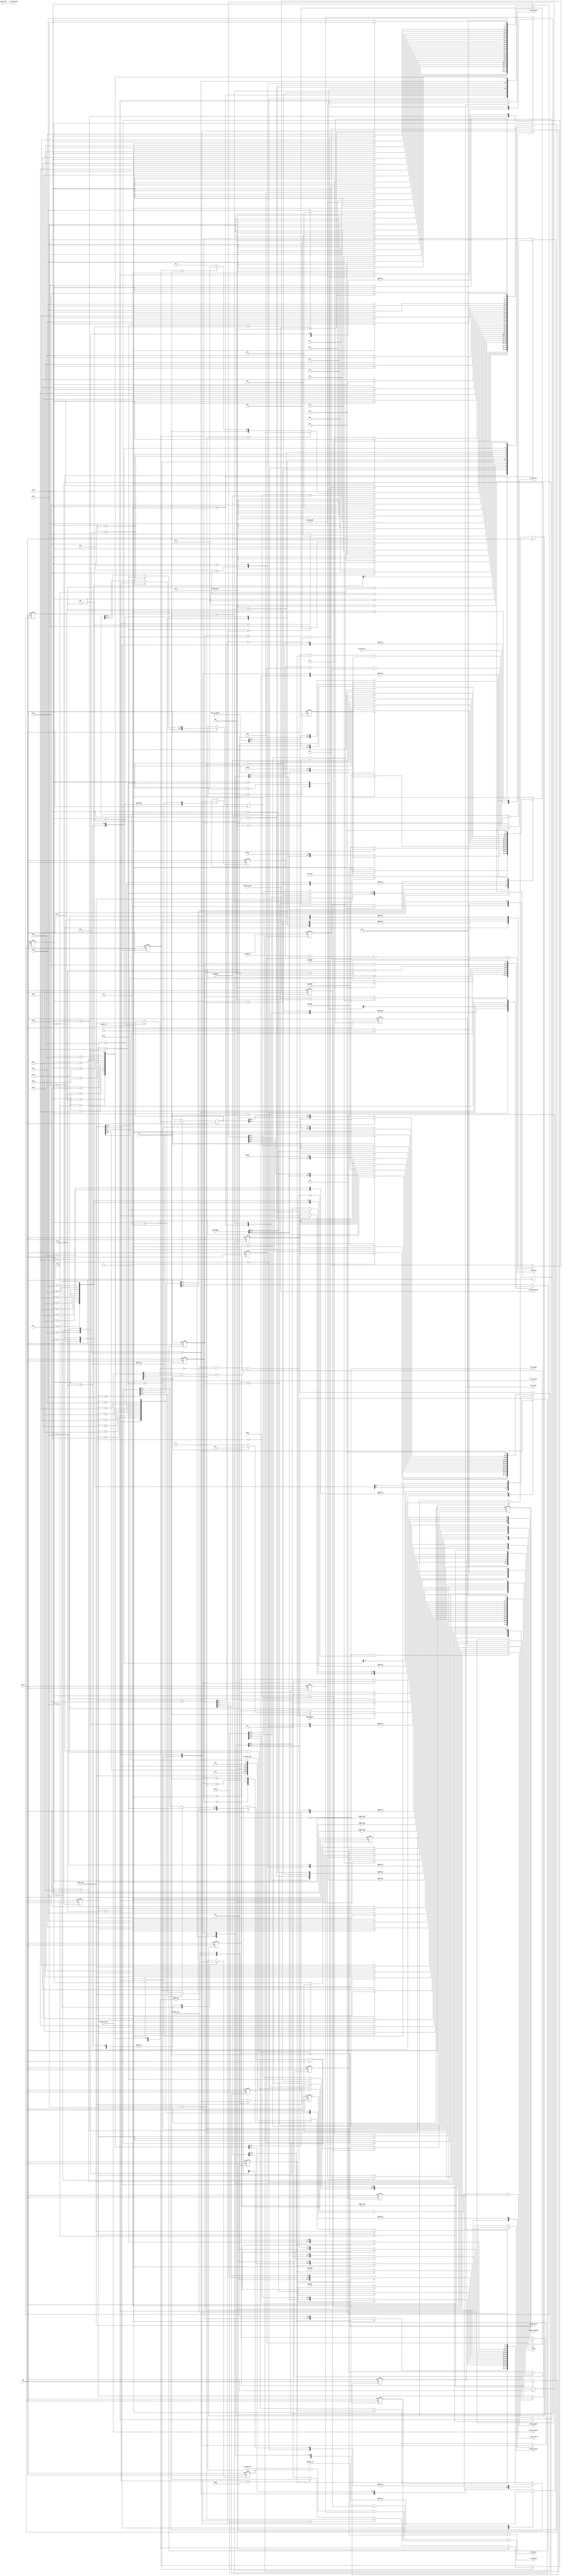
/*
* PROJECT: AQUAXIS Giga Ethernet MAC
* ----------------------------------------------------------------------
*
* Gigabit MAC
* Copyright (C) 2007-2013 H.Ishihara, http://www.aquaxis.com/
*
* Permission is hereby granted, free of charge, to any person obtaining
* a copy of this software and associated documentation files (the
* "Software"), to deal in the Software without restriction, including
* without limitation the rights to use, copy, modify, merge, publish,
* distribute, sublicense, and/or sell copies of the Software, and to
* permit persons to whom the Software is furnished to do so, subject to
* the following conditions:
*
* The above copyright notice and this permission notice shall be
* included in all copies or substantial portions of the Software.
*
* THE SOFTWARE IS PROVIDED "AS IS", WITHOUT WARRANTY OF ANY KIND,
* EXPRESS OR IMPLIED, INCLUDING BUT NOT LIMITED TO THE WARRANTIES OF
* MERCHANTABILITY, FITNESS FOR A PARTICULAR PURPOSE AND
* NONINFRINGEMENT. IN NO EVENT SHALL THE AUTHORS OR COPYRIGHT HOLDERS BE
* LIABLE FOR ANY CLAIM, DAMAGES OR OTHER LIABILITY, WHETHER IN AN ACTION
* OF CONTRACT, TORT OR OTHERWISE, ARISING FROM, OUT OF OR IN CONNECTION
* WITH THE SOFTWARE OR THE USE OR OTHER DEALINGS IN THE SOFTWARE.
*
* For further information please contact.
*   http://www.aquaxis.com/
*   info(at)aquaxis.com or hidemi(at)sweetcafe.jp
*
* 2007/01/06 H.Ishihara	Create
* 2011/04/24 H.Ishihara	rename
*/
module aq_gemac_l3_ctrl(
	input			RST_N,
	input			CLK,

	// RX Buffer Interface
	output			RX_BUFF_RE,			// RX Buffer Read Enable
	input [31:0]	RX_BUFF_DATA,		// RX Buffer Data
	input			RX_BUFF_EMPTY,		// RX Buffer Empty(1: Empty, 0: No Empty)
	input			RX_BUFF_VALID,		// RX Buffer Valid
	input [15:0]	RX_BUFF_LENGTH,		// RX Buffer Length
	input [15:0]	RX_BUFF_STATUS,		// RX Buffer Status

	// TX Buffer Interface
	output			TX_BUFF_WE,			// TX Buffer Write Enable
	output			TX_BUFF_START,		// TX Buffer Data Start
	output			TX_BUFF_END,		// TX Buffer Data End
	input			TX_BUFF_READY,		// TX Buffer Ready
	output [31:0]	TX_BUFF_DATA,		// TX Buffer Data
	input			TX_BUFF_FULL,		// TX Buffer Full
	input [9:0]		TX_BUFF_SPACE,		// TX Buffer Space

	// External RX Buffer Interface
	input			ERX_BUFF_RE,		// RX Buffer Read Enable
	output [31:0]	ERX_BUFF_DATA,		// RX Buffer Data
	output			ERX_BUFF_EMPTY,		// RX Buffer Empty(1: Empty, 0: No Empty)
	output			ERX_BUFF_VALID,		// RX Buffer Valid
	output [15:0]	ERX_BUFF_LENGTH,	// RX Buffer Length
	output [15:0]	ERX_BUFF_STATUS,	// RX Buffer Status

	// External TX Buffer Interface
	input			ETX_BUFF_WE,		// TX Buffer Write Enable
	input			ETX_BUFF_START,		// TX Buffer Data Start
	input			ETX_BUFF_END,		// TX Buffer Data End
	output			ETX_BUFF_READY,		// TX Buffer Ready
	input [31:0]	ETX_BUFF_DATA,		// TX Buffer Data
	output			ETX_BUFF_FULL,		// TX Buffer Full
	output [9:0]	ETX_BUFF_SPACE,		// TX Buffer Space

	input [47:0]	MAC_ADDRESS,		// My Mac Address
	input [31:0]	IP_ADDRESS,			// My IP Address

	output			ARPC_ENABLE,		// ARP Cache Request Enable
	input			ARPC_REQUEST,		// ARP Cache Request
	output			ARPC_VALID,			// ARP Cache Valid
	input [31:0]	ARPC_IP_ADDRESS,	// ARP Cache IP Address
	output [47:0]	ARPC_MAC_ADDRESS,   // ARP Cache Mac Address

	output [15:0]	STATUS
);

	wire		ExtensionPickup;

	reg [1:0]	RxState;

	parameter S_RX_IDLE = 2'b00;
	parameter S_RX_ARP  = 2'b01;
	parameter S_RX_ICMP = 2'b10;
	parameter S_RX_ARPC = 2'b11;

	// ARP
	reg [4:0]	ArpState;

	parameter S_ARP_IDLE		= 5'd0;
	parameter S_ARP_MAC1		= 5'd1;
	parameter S_ARP_MAC2		= 5'd2;
	parameter S_ARP_MAC3		= 5'd3;
	parameter S_ARP_TYPE		= 5'd4;
	parameter S_ARP_PROTOCOL	= 5'd5;
	parameter S_ARP_OPERATION   = 5'd6;
	parameter S_ARP_DATA1		= 5'd7;
	parameter S_ARP_DATA2		= 5'd8;
	parameter S_ARP_DATA3		= 5'd9;
	parameter S_ARP_DATA4		= 5'd10;
	parameter S_ARP_DATA5		= 5'd11;
	parameter S_ARP_CHECK		= 5'd12;
	parameter S_ARP_REPLY_WAIT  = 5'd13;
	parameter S_ARP_REPLY0		= 5'd14;
	parameter S_ARP_REPLY1		= 5'd15;
	parameter S_ARP_REPLY2		= 5'd16;
	parameter S_ARP_REPLY3		= 5'd17;
	parameter S_ARP_REPLY4		= 5'd18;
	parameter S_ARP_REPLY5		= 5'd19;
	parameter S_ARP_REPLY6		= 5'd20;
	parameter S_ARP_REPLY7		= 5'd21;
	parameter S_ARP_REPLY8		= 5'd22;
	parameter S_ARP_REPLY9		= 5'd23;
	parameter S_ARP_REPLY10		= 5'd24;
	parameter S_ARP_REPLY11		= 5'd25;
	parameter S_ARP_REPLY12		= 5'd26;
	parameter S_ARP_EMPTY_READ	= 5'd27;
	parameter S_ARP_END			= 5'd28;
	parameter S_ARP_CACHE0		= 5'd29;

	reg			ArpRead;
	reg [15:0]	ArpLength;
	reg [1:0]	ArpOpcode;
	reg [47:0]	ArpSrcMac;
	reg [47:0]	ArpDataSrcMac, ArpDataDstMac;
	reg [31:0]	ArpDataSrcIP, ArpDataDstIP;
	reg			ArpTxWe, ArpTxStart, ArpTxEnd;
	reg [31:0]	ArpTxData;

	// ARP Cache
	reg [4:0]	ArpCacheState;

	parameter S_ARPC_IDLE		= 5'd0;
	parameter S_ARPC_WAIT		= 5'd13;
	parameter S_ARPC_CACHE0		= 5'd14;
	parameter S_ARPC_CACHE1		= 5'd15;
	parameter S_ARPC_CACHE2		= 5'd16;
	parameter S_ARPC_CACHE3		= 5'd17;
	parameter S_ARPC_CACHE4		= 5'd18;
	parameter S_ARPC_CACHE5		= 5'd19;
	parameter S_ARPC_CACHE6		= 5'd20;
	parameter S_ARPC_CACHE7		= 5'd21;
	parameter S_ARPC_CACHE8		= 5'd22;
	parameter S_ARPC_CACHE9		= 5'd23;
	parameter S_ARPC_CACHE10	= 5'd24;
	parameter S_ARPC_CACHE11	= 5'd25;
	parameter S_ARPC_CACHE12	= 5'd26;
	parameter S_ARPC_END		= 5'd28;

	reg			ArpCacheTxWe, ArpCacheTxStart, ArpCacheTxEnd;
	reg [31:0]	ArpCacheTxData;
	reg			ArpCacheValid;
	reg [47:0]	ArpCacheMacAddress;

	// ICMP
	reg [4:0]	IcmpState;

	parameter S_ICMP_IDLE		= 5'd0;
	parameter S_ICMP_MAC1		= 5'd1;
	parameter S_ICMP_MAC2		= 5'd2;
	parameter S_ICMP_MAC3		= 5'd3;
	parameter S_ICMP_HEADER1	= 5'd4;
	parameter S_ICMP_HEADER2	= 5'd5;
	parameter S_ICMP_HEADER3	= 5'd6;
	parameter S_ICMP_IP1		= 5'd7;
	parameter S_ICMP_IP2		= 5'd8;
	parameter S_ICMP_IP3		= 5'd9;
	parameter S_ICMP_REPLY_WAIT	= 5'd10;
	parameter S_ICMP_REPLY0		= 5'd11;
	parameter S_ICMP_REPLY1		= 5'd12;
	parameter S_ICMP_REPLY2		= 5'd13;
	parameter S_ICMP_REPLY3		= 5'd14;
	parameter S_ICMP_REPLY4		= 5'd15;
	parameter S_ICMP_REPLY5		= 5'd16;
	parameter S_ICMP_REPLY6		= 5'd17;
	parameter S_ICMP_REPLY7		= 5'd18;
	parameter S_ICMP_REPLY8		= 5'd19;
	parameter S_ICMP_REPLY9		= 5'd20;
	parameter S_ICMP_REPLY10	= 5'd21;
	parameter S_ICMP_REPLY11	= 5'd22;
	parameter S_ICMP_REPLY12	= 5'd23;
	parameter S_ICMP_EMPTY_READ	= 5'd24;
	parameter S_ICMP_END		= 5'd25;

	reg			IcmpRead;
	reg [15:0]	IcmpLength;
	reg [1:0]	IcmpByte;
	reg [47:0]	IcmpSrcMac;
	reg [31:0]	IcmpDataSrcIP, IcmpDataDstIP;
	reg			IcmpTxWe, IcmpTxStart, IcmpTxEnd;
	reg [31:0]	IcmpTxData;

	// Status
	// TCPCheckSumOKReg[4], ICMPCheckSumOKReg[4], IPCheckSumOK, TypeUDP, TypeTCP, TypeICMP, TypeARP, TypeIPv4
	// 3'd0, TooShort, TooLong,  ErrorStatusDrop, ErrorStatusCrc, ErrorStatusValid

	assign ExtensionPickup = (RX_BUFF_VALID == 1'b1) & (RX_BUFF_STATUS[2:0] == 3'd0) &
							 ((RX_BUFF_STATUS[8] == 1'b1 & RX_BUFF_STATUS[10] == 1'b1) |
							 (RX_BUFF_STATUS[9] == 1'd1));

	always @(posedge CLK or negedge RST_N) begin
		if(!RST_N) begin
			RxState	<= S_RX_IDLE;
		end else begin
			case(RxState)
				S_RX_IDLE: begin
					if(ARPC_REQUEST) begin
						RxState	<= S_RX_ARPC;
					end else if(ExtensionPickup) begin
						if(RX_BUFF_STATUS[9] == 1'b1)	RxState <= S_RX_ARP;
						else							RxState <= S_RX_ICMP;
					end
				end
				S_RX_ARP: begin
					if(ArpState == S_ARP_END)		RxState <= S_RX_IDLE;
				end
				S_RX_ICMP: begin
					if(IcmpState == S_ICMP_END)		RxState <= S_RX_IDLE;
				end
				S_RX_ARPC: begin
					if(ArpCacheState == S_ARPC_END)	RxState <= S_RX_IDLE;
				end
			endcase
		end
	end

	// ARP Control State
	always @(posedge CLK or negedge RST_N) begin
		if(!RST_N) begin
			ArpState			<= S_ARP_IDLE;
			ArpLength			<= 16'd0;
			ArpOpcode			<= 2'd0;
			ArpRead				<= 1'b0;
			ArpTxWe				<= 1'b0;
			ArpTxStart			<= 1'b0;
			ArpTxEnd			<= 1'b0;
			ArpTxData			<= 32'd0;
			ArpCacheMacAddress	<= 48'd0;
		end else begin
			case(ArpState)
				S_ARP_IDLE: begin
					if(RxState == S_RX_ARP & !RX_BUFF_EMPTY) begin
						ArpState	<= S_ARP_MAC1;
						ArpLength	<= RX_BUFF_LENGTH -4;
						ArpRead		<= 1'b1;
					end
					ArpTxWe		<= 1'b0;
					ArpTxStart	<= 1'b0;
					ArpTxEnd	<= 1'b0;
					ArpTxData	<= 32'd0;
				end
				S_ARP_MAC1: begin
					if(!RX_BUFF_EMPTY) begin
						ArpState	<= S_ARP_MAC2;
						ArpRead		<= 1'b1;
						ArpLength	<= ArpLength -4;
					end else begin
						ArpState	<= S_ARP_END;
						ArpRead		<= 1'b0;
					end
				end
				S_ARP_MAC2: begin
					if(!RX_BUFF_EMPTY) begin
						ArpState	<= S_ARP_MAC3;
						ArpRead		<= 1'b1;
						ArpLength	<= ArpLength -4;
					end else begin
						ArpState	<= S_ARP_END;
						ArpRead		<= 1'b0;
					end
					ArpSrcMac[15:0]	<= RX_BUFF_DATA[31:16];	// Get Source Mac Address
				end
				S_ARP_MAC3: begin
					if(!RX_BUFF_EMPTY) begin
						ArpState	<= S_ARP_TYPE;
						ArpRead		<= 1'b1;
						ArpLength	<= ArpLength -4;
					end else begin
						ArpState	<= S_ARP_END;
						ArpRead		<= 1'b0;
					end
					ArpSrcMac[47:16]	<= RX_BUFF_DATA[31:0];	// Get Source Mac Address
				end
				S_ARP_TYPE: begin
					if(!RX_BUFF_EMPTY) begin
						if(RX_BUFF_DATA[31:16] == 16'h0100)	ArpState <= S_ARP_PROTOCOL;
						else								ArpState <= S_ARP_EMPTY_READ;
						ArpRead		<= 1'b1;
						ArpLength	<= ArpLength -4;
					end else begin
						ArpState	<= S_ARP_END;
						ArpRead		<= 1'b0;
					end
				end
				S_ARP_PROTOCOL: begin
					if(!RX_BUFF_EMPTY) begin
						if(RX_BUFF_DATA[15:0] == 16'h0008)	ArpState <= S_ARP_OPERATION;
						else								ArpState <= S_ARP_EMPTY_READ;
						ArpRead		<= 1'b1;
						ArpLength	<= ArpLength -4;
					end else begin
						ArpState	<= S_ARP_END;
						ArpRead		<= 1'b0;
					end
				end
				S_ARP_OPERATION: begin
					if(!RX_BUFF_EMPTY) begin
						if(RX_BUFF_DATA[15:0] == 16'h0100)		  ArpOpcode <= 2'b10;
						else if(RX_BUFF_DATA[15:0] == 16'h0200)	 ArpOpcode <= 2'b11;
						else										  ArpOpcode <= 2'b00;
						ArpState	<= S_ARP_DATA1;
						ArpRead		<= 1'b1;
						ArpLength	<= ArpLength -4;
					end else begin
						ArpState	<= S_ARP_END;
						ArpRead		<= 1'b0;
					end
					ArpDataSrcMac[15:0] <= RX_BUFF_DATA[31:16];
				end
				S_ARP_DATA1: begin
					if(!RX_BUFF_EMPTY) begin
						ArpState	<= S_ARP_DATA2;
						ArpRead		<= 1'b1;
						ArpLength	<= ArpLength -4;
					end else begin
						ArpState 	<= S_ARP_END;
						ArpRead		<= 1'b0;
					end
					ArpDataSrcMac[47:16] <= RX_BUFF_DATA;
				end
				S_ARP_DATA2: begin
					if(!RX_BUFF_EMPTY) begin
						ArpState	<= S_ARP_DATA3;
						ArpRead		<= 1'b1;
						ArpLength	<= ArpLength -4;
					end else begin
						ArpState	<= S_ARP_END;
						ArpRead		<= 1'b0;
					end
					ArpDataSrcIP	<= RX_BUFF_DATA;
				end
				S_ARP_DATA3: begin
					if(!RX_BUFF_EMPTY) begin
						ArpState	<= S_ARP_DATA4;
						ArpRead		<= 1'b1;
						ArpLength	<= ArpLength -4;
					end else begin
						ArpState	<= S_ARP_END;
						ArpRead		<= 1'b0;
					end
					ArpDataDstMac[31:0] <= RX_BUFF_DATA;
				end
				S_ARP_DATA4: begin
					if(!RX_BUFF_EMPTY) begin
						ArpState	<= S_ARP_DATA5;
						ArpRead		<= 1'b1;
						ArpLength	<= ArpLength -4;
					end else begin
						ArpState	<= S_ARP_END;
						ArpRead		<= 1'b0;
					end
					ArpDataDstMac[47:32]	<= RX_BUFF_DATA[15:0];
					ArpDataDstIP[15:0]		<= RX_BUFF_DATA[31:16];
				end
				S_ARP_DATA5: begin
					if(!RX_BUFF_EMPTY) begin
						ArpState	<= S_ARP_CHECK;
						ArpRead		<= 1'b1;
						ArpLength	<= ArpLength -4;
					end else begin
						ArpState	<= S_ARP_END;
						ArpRead		<= 1'b0;
					end
					ArpDataDstIP[31:16]	<= RX_BUFF_DATA[15:0];
				end
				S_ARP_CHECK: begin
					ArpRead <= 1'b0;
					if((ArpDataDstIP == IP_ADDRESS)) begin
					   if(ArpOpcode == 2'b10) begin
							ArpState	<= S_ARP_REPLY_WAIT;
					   end else if(ArpOpcode == 2'b11) begin
						ArpState	<= S_ARP_CACHE0;
					   end else begin
						ArpState	<= S_ARP_EMPTY_READ;
					   end
					end else begin
						ArpState	<= S_ARP_EMPTY_READ;
					end
				end
				S_ARP_REPLY_WAIT: begin
					if(TX_BUFF_READY) begin
						ArpState	<= S_ARP_REPLY0;
					end
				end
				S_ARP_REPLY0: begin
					if(!TX_BUFF_FULL) begin
						ArpState	<= S_ARP_REPLY1;
						ArpTxWe		<= 1'b1;
						ArpTxStart	<= 1'b1;
						ArpTxEnd	<= 1'b0;
						ArpTxData	<= 32'h002A0000;
					end else begin
						ArpTxWe		<= 1'b0;
						ArpTxStart	<= 1'b0;
						ArpTxEnd	<= 1'b0;
					end
				end
				S_ARP_REPLY1: begin
					if(!TX_BUFF_FULL) begin
						ArpState	<= S_ARP_REPLY2;
						ArpTxWe		<= 1'b1;
						ArpTxStart	<= 1'b0;
						ArpTxEnd	<= 1'b0;
						ArpTxData	<= ArpSrcMac[31:0];
					end else begin
						ArpTxWe		<= 1'b0;
						ArpTxStart	<= 1'b0;
						ArpTxEnd	<= 1'b0;
					end
				end
				S_ARP_REPLY2: begin
					if(!TX_BUFF_FULL) begin
						ArpState	<= S_ARP_REPLY3;
						ArpTxWe		<= 1'b1;
						ArpTxStart	<= 1'b0;
						ArpTxEnd	<= 1'b0;
						ArpTxData	<= {MAC_ADDRESS[15:0], ArpSrcMac[47:32]};
					end else begin
						ArpTxWe		<= 1'b0;
						ArpTxStart	<= 1'b0;
						ArpTxEnd	<= 1'b0;
					end
				end
				S_ARP_REPLY3: begin
					if(!TX_BUFF_FULL) begin
						ArpState	<= S_ARP_REPLY4;
						ArpTxWe		<= 1'b1;
						ArpTxStart	<= 1'b0;
						ArpTxEnd	<= 1'b0;
						ArpTxData	<= MAC_ADDRESS[47:16];
					end else begin
						ArpTxWe		<= 1'b0;
						ArpTxStart	<= 1'b0;
						ArpTxEnd	<= 1'b0;
					end
				end
				S_ARP_REPLY4: begin
					if(!TX_BUFF_FULL) begin
						ArpState	<= S_ARP_REPLY5;
						ArpTxWe		<= 1'b1;
						ArpTxStart	<= 1'b0;
						ArpTxEnd	<= 1'b0;
						ArpTxData	<= 32'h01000608;	// Hardware Type(16) & Ethernet Type(16)
					end else begin
						ArpTxWe		<= 1'b0;
						ArpTxStart	<= 1'b0;
						ArpTxEnd	<= 1'b0;
					end
				end
				S_ARP_REPLY5: begin
					if(!TX_BUFF_FULL) begin
						ArpState	<= S_ARP_REPLY6;
						ArpTxWe		<= 1'b1;
						ArpTxStart	<= 1'b0;
						ArpTxEnd	<= 1'b0;
						ArpTxData	<= 32'h04060008;	// Plen(8), Hlen(8), Protocol(16)
					end else begin
						ArpTxWe		<= 1'b0;
						ArpTxStart	<= 1'b0;
						ArpTxEnd	<= 1'b0;
					end
				end
				S_ARP_REPLY6: begin
					if(!TX_BUFF_FULL) begin
						ArpState	<= S_ARP_REPLY7;
						ArpTxWe		<= 1'b1;
						ArpTxStart	<= 1'b0;
						ArpTxEnd	<= 1'b0;
						//ArpTxData <= {ArpDataDstMac[15:0], 16'h0200};	// Opcode
						ArpTxData	<= {MAC_ADDRESS[15:0], 16'h0200};	// Opcode
					end else begin
						ArpTxWe		<= 1'b0;
						ArpTxStart	<= 1'b0;
						ArpTxEnd	<= 1'b0;
					end
				end
				S_ARP_REPLY7: begin
					if(!TX_BUFF_FULL) begin
						ArpState	<= S_ARP_REPLY8;
						ArpTxWe		<= 1'b1;
						ArpTxStart	<= 1'b0;
						ArpTxEnd	<= 1'b0;
						//ArpTxData <= ArpDataDstMac[47:16];
						ArpTxData	<= MAC_ADDRESS[47:16];
					end else begin
						ArpTxWe		<= 1'b0;
						ArpTxStart	<= 1'b0;
						ArpTxEnd	<= 1'b0;
					end
				end
				S_ARP_REPLY8: begin
					if(!TX_BUFF_FULL) begin
						ArpState	<= S_ARP_REPLY9;
						ArpTxWe		<= 1'b1;
						ArpTxStart	<= 1'b0;
						ArpTxEnd	<= 1'b0;
						ArpTxData	<= ArpDataDstIP;
					end else begin
						ArpTxWe		<= 1'b0;
						ArpTxStart	<= 1'b0;
						ArpTxEnd	<= 1'b0;
					end
				end
				S_ARP_REPLY9: begin
					if(!TX_BUFF_FULL) begin
						ArpState	<= S_ARP_REPLY10;
						ArpTxWe		<= 1'b1;
						ArpTxStart	<= 1'b0;
						ArpTxEnd	<= 1'b0;
						ArpTxData	<= ArpDataSrcMac[31:0];
					end else begin
						ArpTxWe		<= 1'b0;
						ArpTxStart	<= 1'b0;
						ArpTxEnd	<= 1'b0;
					end
				end
				S_ARP_REPLY10: begin
					if(!TX_BUFF_FULL) begin
						ArpState	<= S_ARP_REPLY11;
						ArpTxWe		<= 1'b1;
						ArpTxStart	<= 1'b0;
						ArpTxEnd	<= 1'b0;
						ArpTxData	<= {ArpDataSrcIP[15:0], ArpDataSrcMac[47:32]};
					end else begin
						ArpTxWe		<= 1'b0;
						ArpTxStart	<= 1'b0;
						ArpTxEnd	<= 1'b0;
					end
				end
				S_ARP_REPLY11: begin
					if(!TX_BUFF_FULL) begin
						ArpState	<= S_ARP_EMPTY_READ;
						ArpTxWe		<= 1'b1;
						ArpTxStart	<= 1'b0;
						ArpTxEnd	<= 1'b1;
						ArpTxData	<= {16'h0000, ArpDataSrcIP[31:16]};
					end else begin
						ArpTxWe		<= 1'b0;
						ArpTxStart	<= 1'b0;
						ArpTxEnd	<= 1'b0;
					end
				end
				S_ARP_CACHE0: begin
						ArpState			<= S_ARP_EMPTY_READ;
						ArpCacheMacAddress	<= ArpDataSrcMac;
				end
				S_ARP_EMPTY_READ: begin
					ArpRead	<= 1'b1;
					if(RX_BUFF_LENGTH <= 4) begin
						ArpState	<= S_ARP_END;
					end
/*
					if(ArpLength >0 & ArpLength[15] == 1'b0) begin
						ArpRead <= 1'b1;
						ArpLength <= ArpLength -4;
					end else begin
						ArpState <= S_ARP_LAST;
						ArpRead <= 1'b0;
					end
*/
					ArpTxWe		<= 1'b0;
					ArpTxStart	<= 1'b0;
					ArpTxEnd	<= 1'b0;
					ArpTxData	<= 32'd0;
				end
				S_ARP_END: begin
					ArpState	<= S_ARP_IDLE;
					ArpRead		<= 1'b0;
					ArpTxWe		<= 1'b0;
					ArpTxStart	<= 1'b0;
					ArpTxEnd	<= 1'b0;
					ArpTxData	<= 32'd0;
				end
			endcase
		end
	end

	// ARP Cache Control State
	always @(posedge CLK or negedge RST_N) begin
		if(!RST_N) begin
			ArpCacheState		<= S_ARPC_IDLE;
			ArpCacheTxWe		<= 1'b0;
			ArpCacheTxStart		<= 1'b0;
			ArpCacheTxEnd		<= 1'b0;
			ArpCacheTxData		<= 32'd0;
		end else begin
			case(ArpCacheState)
				S_ARPC_IDLE: begin
					if(RxState == S_RX_ARPC) begin
						ArpCacheState	<= S_ARPC_WAIT;
					end
					ArpCacheTxWe	<= 1'b0;
					ArpCacheTxStart	<= 1'b0;
					ArpCacheTxEnd	<= 1'b0;
					ArpCacheTxData	<= 32'd0;
				end
				S_ARPC_WAIT: begin
					if(TX_BUFF_READY) begin
						ArpCacheState <= S_ARPC_CACHE0;
					end
				end
				S_ARPC_CACHE0: begin
					if(!TX_BUFF_FULL) begin
						ArpCacheState	<= S_ARPC_CACHE1;
						ArpCacheTxWe	<= 1'b1;
						ArpCacheTxStart	<= 1'b1;
						ArpCacheTxEnd	<= 1'b0;
						ArpCacheTxData	<= 32'h002A0000;
					end else begin
						ArpCacheTxWe	<= 1'b0;
						ArpCacheTxStart	<= 1'b0;
						ArpCacheTxEnd	<= 1'b0;
					end
				end
				S_ARPC_CACHE1: begin
					if(!TX_BUFF_FULL) begin
						ArpCacheState	<= S_ARPC_CACHE2;
						ArpCacheTxWe	<= 1'b1;
						ArpCacheTxStart	<= 1'b0;
						ArpCacheTxEnd	<= 1'b0;
						ArpCacheTxData	<= 32'hFFFF_FFFF; // Dst Address = Broadcast
					end else begin
						ArpCacheTxWe	<= 1'b0;
						ArpCacheTxStart	<= 1'b0;
						ArpCacheTxEnd	<= 1'b0;
					end
				end
				S_ARPC_CACHE2: begin
					if(!TX_BUFF_FULL) begin
						ArpCacheState	<= S_ARPC_CACHE3;
						ArpCacheTxWe	<= 1'b1;
						ArpCacheTxStart	<= 1'b0;
						ArpCacheTxEnd	<= 1'b0;
						ArpCacheTxData	<= {MAC_ADDRESS[15:0], 16'hFFFF}; // Dst Address = Broadcast
					end else begin
						ArpCacheTxWe	<= 1'b0;
						ArpCacheTxStart	<= 1'b0;
						ArpCacheTxEnd	<= 1'b0;
					end
				end
				S_ARPC_CACHE3: begin
					if(!TX_BUFF_FULL) begin
						ArpCacheState	<= S_ARPC_CACHE4;
						ArpCacheTxWe	<= 1'b1;
						ArpCacheTxStart	<= 1'b0;
						ArpCacheTxEnd	<= 1'b0;
						ArpCacheTxData	<= MAC_ADDRESS[47:16];
					end else begin
						ArpCacheTxWe	<= 1'b0;
						ArpCacheTxStart	<= 1'b0;
						ArpCacheTxEnd	<= 1'b0;
					end
				end
				S_ARPC_CACHE4: begin
					if(!TX_BUFF_FULL) begin
						ArpCacheState	<= S_ARPC_CACHE5;
						ArpCacheTxWe	<= 1'b1;
						ArpCacheTxStart	<= 1'b0;
						ArpCacheTxEnd	<= 1'b0;
						ArpCacheTxData	<= 32'h01000608;  // Hardware Type(16) & Ethernet Type(16)
					end else begin
						ArpCacheTxWe	<= 1'b0;
						ArpCacheTxStart	<= 1'b0;
						ArpCacheTxEnd	<= 1'b0;
					end
				end
				S_ARPC_CACHE5: begin
					if(!TX_BUFF_FULL) begin
						ArpCacheState	<= S_ARPC_CACHE6;
						ArpCacheTxWe	<= 1'b1;
						ArpCacheTxStart	<= 1'b0;
						ArpCacheTxEnd	<= 1'b0;
						ArpCacheTxData	<= 32'h04060008;  // Plen(8), Hlen(8), Protocol(16)
					end else begin
						ArpCacheTxWe	<= 1'b0;
						ArpCacheTxStart	<= 1'b0;
						ArpCacheTxEnd	<= 1'b0;
					end
				end
				S_ARPC_CACHE6: begin
					if(!TX_BUFF_FULL) begin
						ArpCacheState	<= S_ARPC_CACHE7;
						ArpCacheTxWe	<= 1'b1;
						ArpCacheTxStart	<= 1'b0;
						ArpCacheTxEnd	<= 1'b0;
						ArpCacheTxData	<= {MAC_ADDRESS[15:0], 16'h0100};   // Dst Mac Address = None Mac Address, Opcode(ARP Request = 0x0100)
					end else begin
						ArpCacheTxWe	<= 1'b0;
						ArpCacheTxStart	<= 1'b0;
						ArpCacheTxEnd	<= 1'b0;
					end
				end
				S_ARPC_CACHE7: begin
					if(!TX_BUFF_FULL) begin
						ArpCacheState	<= S_ARPC_CACHE8;
						ArpCacheTxWe	<= 1'b1;
						ArpCacheTxStart	<= 1'b0;
						ArpCacheTxEnd	<= 1'b0;
						ArpCacheTxData	<= MAC_ADDRESS[47:16]; // Dst Mac Address = None Mac Address
					end else begin
						ArpCacheTxWe	<= 1'b0;
						ArpCacheTxStart	<= 1'b0;
						ArpCacheTxEnd	<= 1'b0;
					end
				end
				S_ARPC_CACHE8: begin
					if(!TX_BUFF_FULL) begin
						ArpCacheState	<= S_ARPC_CACHE9;
						ArpCacheTxWe	<= 1'b1;
						ArpCacheTxStart	<= 1'b0;
						ArpCacheTxEnd	<= 1'b0;
						ArpCacheTxData	<= IP_ADDRESS;   // Dst IP Address
					end else begin
						ArpCacheTxWe	<= 1'b0;
						ArpCacheTxStart	<= 1'b0;
						ArpCacheTxEnd	<= 1'b0;
					end
				end
				S_ARPC_CACHE9: begin
					if(!TX_BUFF_FULL) begin
						ArpCacheState	<= S_ARPC_CACHE10;
						ArpCacheTxWe	<= 1'b1;
						ArpCacheTxStart	<= 1'b0;
						ArpCacheTxEnd	<= 1'b0;
						ArpCacheTxData	<= 32'h0000_0000;
					end else begin
						ArpCacheTxWe	<= 1'b0;
						ArpCacheTxStart	<= 1'b0;
						ArpCacheTxEnd	<= 1'b0;
					end
				end
				S_ARPC_CACHE10: begin
					if(!TX_BUFF_FULL) begin
						ArpCacheState	<= S_ARPC_CACHE11;
						ArpCacheTxWe	<= 1'b1;
						ArpCacheTxStart	<= 1'b0;
						ArpCacheTxEnd	<= 1'b0;
						ArpCacheTxData	<= {ARPC_IP_ADDRESS[15:0], 16'h0000};
					end else begin
						ArpCacheTxWe	<= 1'b0;
						ArpCacheTxStart	<= 1'b0;
						ArpCacheTxEnd	<= 1'b0;
					end
				end
				S_ARPC_CACHE11: begin
					if(!TX_BUFF_FULL) begin
						ArpCacheState	<= S_ARPC_END;
						ArpCacheTxWe	<= 1'b1;
						ArpCacheTxStart	<= 1'b0;
						ArpCacheTxEnd	<= 1'b1;
						ArpCacheTxData	<= {16'h0000, ARPC_IP_ADDRESS[31:16]};
					end else begin
						ArpCacheTxWe	<= 1'b0;
						ArpCacheTxStart	<= 1'b0;
						ArpCacheTxEnd	<= 1'b0;
					end
				end
				S_ARPC_END: begin
					ArpCacheState	<= S_ARP_IDLE;
					ArpCacheTxWe	<= 1'b0;
					ArpCacheTxStart	<= 1'b0;
					ArpCacheTxEnd	<= 1'b0;
					ArpCacheTxData	<= 32'd0;
				end
			endcase
		end
	end

	always @(posedge CLK or negedge RST_N) begin
		if(!RST_N) begin
			ArpCacheValid <= 1'b0;
		end else begin
			if(ArpCacheState == S_ARPC_WAIT)	ArpCacheValid <= 1'b0;
			else if(ArpState == S_ARP_CACHE0)	ArpCacheValid <= 1'b1;
		end
	end

	// ICMP
	always @(posedge CLK or negedge RST_N) begin
		if(!RST_N) begin
			IcmpState	<= S_ICMP_IDLE;
			IcmpLength	<= 16'd0;
			IcmpRead	<= 1'b0;
			IcmpTxWe	<= 1'b0;
			IcmpTxStart	<= 1'b0;
			IcmpTxEnd	<= 1'b0;
			IcmpTxData	<= 32'd0;
			IcmpByte	<= 2'd0;
		end else begin
			case(IcmpState)
				S_ICMP_IDLE: begin
					if(RxState == S_RX_ICMP & !RX_BUFF_EMPTY) begin
						IcmpState	<= S_ICMP_MAC1;
						IcmpLength	<= RX_BUFF_LENGTH -4;
						IcmpRead	<= 1'b1;
					end
					IcmpTxWe	<= 1'b0;
					IcmpTxStart	<= 1'b0;
					IcmpTxEnd	<= 1'b0;
					IcmpTxData	<= 32'd0;
				end
				S_ICMP_MAC1: begin
					if(!RX_BUFF_EMPTY) begin
						IcmpState	<= S_ICMP_MAC2;
						IcmpRead	<= 1'b1;
						IcmpLength	<= IcmpLength -4;
						IcmpByte	<= IcmpLength[1:0];
					end else begin
						IcmpState	<= S_ICMP_END;
						IcmpRead	<= 1'b0;
					end
				end
				S_ICMP_MAC2: begin
					if(!RX_BUFF_EMPTY) begin
						IcmpState	<= S_ICMP_MAC3;
						IcmpRead	<= 1'b1;
						IcmpLength	<= IcmpLength -4;
					end else begin
						IcmpState	<= S_ICMP_END;
						IcmpRead	<= 1'b0;
					end
					IcmpSrcMac[15:0]	<= RX_BUFF_DATA[31:16];	// Get Source Mac Address
				end
				S_ICMP_MAC3: begin
					if(!RX_BUFF_EMPTY) begin
						IcmpState	<= S_ICMP_HEADER1;
						IcmpRead	<= 1'b1;
						IcmpLength	<= IcmpLength -4;
					end else begin
						IcmpState	<= S_ICMP_END;
						IcmpRead	<= 1'b0;
					end
					IcmpSrcMac[47:16]	<= RX_BUFF_DATA[31:0];	// Get Source Mac Address
				end
				S_ICMP_HEADER1: begin
					if(!RX_BUFF_EMPTY)	IcmpState <= S_ICMP_HEADER2;
					else begin
						IcmpState	<= S_ICMP_END;
						IcmpRead	<= 1'b0;
					end
				end
				S_ICMP_HEADER2: begin
					if(!RX_BUFF_EMPTY)	IcmpState <= S_ICMP_HEADER3;
					else begin
						IcmpState	<= S_ICMP_END;
						IcmpRead	<= 1'b0;
					end
					IcmpLength	<= {RX_BUFF_DATA[7:0], RX_BUFF_DATA[15:8]};
				end
				S_ICMP_HEADER3: begin
					if(!RX_BUFF_EMPTY)	IcmpState <= S_ICMP_IP1;
					else begin
						IcmpState	<= S_ICMP_END;
						IcmpRead	<= 1'b0;
					end
					IcmpLength	<= IcmpLength + 14;
				end
				S_ICMP_IP1: begin
					if(!RX_BUFF_EMPTY) begin
						IcmpState	<= S_ICMP_IP2;
						IcmpRead	<= 1'b1;
					end else begin
						IcmpState	<= S_ICMP_END;
						IcmpRead	<= 1'b0;
					end
					IcmpDataSrcIP[15:0]	<= RX_BUFF_DATA[31:16];
				end
				S_ICMP_IP2: begin
					if(!RX_BUFF_EMPTY) begin
						IcmpState	<= S_ICMP_IP3;
						IcmpRead	<= 1'b1;
					end else begin
						IcmpState	<= S_ICMP_END;
						IcmpRead	<= 1'b0;
					end
					IcmpDataSrcIP[31:16]	<= RX_BUFF_DATA[15:0];
					IcmpDataDstIP[15:0]		<= RX_BUFF_DATA[31:16];
				end
				S_ICMP_IP3: begin
					if(!RX_BUFF_EMPTY) begin
						if(RX_BUFF_DATA[31:16] == 16'h0008)	IcmpState <= S_ICMP_REPLY_WAIT;
						else								IcmpState <= S_ICMP_EMPTY_READ;
						IcmpRead	<= 1'b0;
					end else begin
						IcmpState	<= S_ICMP_END;
						IcmpRead	<= 1'b0;
					end
					IcmpDataDstIP[31:16]	<= RX_BUFF_DATA[15:0];
				end
				S_ICMP_REPLY_WAIT: begin
					if(TX_BUFF_READY) begin
						IcmpState	<= S_ICMP_REPLY0;
					end
					IcmpRead	<= 1'b0;
				end
				S_ICMP_REPLY0: begin
					if(!TX_BUFF_FULL) begin
						IcmpState	<= S_ICMP_REPLY1;
						IcmpTxWe	<= 1'b1;
						IcmpTxStart	<= 1'b1;
						IcmpTxEnd	<= 1'b0;
						IcmpTxData	<= {IcmpLength, 16'h0000};
					end else begin
						IcmpTxWe	<= 1'b0;
						IcmpTxStart	<= 1'b0;
						IcmpTxEnd	<= 1'b0;
					end
					IcmpLength	<= IcmpLength -14;
				end
				S_ICMP_REPLY1: begin
					if(!TX_BUFF_FULL) begin
						IcmpState	<= S_ICMP_REPLY2;
						IcmpTxWe	<= 1'b1;
						IcmpTxStart	<= 1'b0;
						IcmpTxEnd	<= 1'b0;
						IcmpTxData	<= IcmpSrcMac[31:0];
					end else begin
						IcmpTxWe	<= 1'b0;
						IcmpTxStart	<= 1'b0;
						IcmpTxEnd	<= 1'b0;
					end
				end
				S_ICMP_REPLY2: begin
					if(!TX_BUFF_FULL) begin
						IcmpState	<= S_ICMP_REPLY3;
						IcmpTxWe	<= 1'b1;
						IcmpTxStart	<= 1'b0;
						IcmpTxEnd	<= 1'b0;
						IcmpTxData	<= {MAC_ADDRESS[15:0], IcmpSrcMac[47:32]};
					end else begin
						IcmpTxWe	<= 1'b0;
						IcmpTxStart	<= 1'b0;
						IcmpTxEnd	<= 1'b0;
					end
				end
				S_ICMP_REPLY3: begin
					if(!TX_BUFF_FULL) begin
						IcmpState	<= S_ICMP_REPLY4;
						IcmpTxWe	<= 1'b1;
						IcmpTxStart	<= 1'b0;
						IcmpTxEnd	<= 1'b0;
						IcmpTxData	<= MAC_ADDRESS[47:16];
					end else begin
						IcmpTxWe	<= 1'b0;
						IcmpTxStart	<= 1'b0;
						IcmpTxEnd	<= 1'b0;
					end
				end
				S_ICMP_REPLY4: begin
					if(!TX_BUFF_FULL) begin
						IcmpState	<= S_ICMP_REPLY5;
						IcmpTxWe	<= 1'b1;
						IcmpTxStart	<= 1'b0;
						IcmpTxEnd	<= 1'b0;
						IcmpTxData	<= 32'h00450008;
					end else begin
						IcmpTxWe	<= 1'b0;
						IcmpTxStart	<= 1'b0;
						IcmpTxEnd	<= 1'b0;
					end
				end
				S_ICMP_REPLY5: begin
					if(!TX_BUFF_FULL) begin
						IcmpState	<= S_ICMP_REPLY6;
						IcmpTxWe	<= 1'b1;
						IcmpTxStart	<= 1'b0;
						IcmpTxEnd	<= 1'b0;
						IcmpTxData	<= {16'h0000, IcmpLength[7:0], IcmpLength[15:8]};
					end else begin
						IcmpTxWe	<= 1'b0;
						IcmpTxStart	<= 1'b0;
						IcmpTxEnd	<= 1'b0;
					end
				end
				S_ICMP_REPLY6: begin
					if(!TX_BUFF_FULL) begin
						IcmpState	<= S_ICMP_REPLY7;
						IcmpTxWe	<= 1'b1;
						IcmpTxStart	<= 1'b0;
						IcmpTxEnd	<= 1'b0;
						IcmpTxData	<= 32'h01800000;
					end else begin
						IcmpTxWe	<= 1'b0;
						IcmpTxStart	<= 1'b0;
						IcmpTxEnd	<= 1'b0;
					end
					IcmpLength	<= IcmpLength -28;
				end
				S_ICMP_REPLY7: begin
					if(!TX_BUFF_FULL) begin
						IcmpState	<= S_ICMP_REPLY8;
						IcmpTxWe	<= 1'b1;
						IcmpTxStart	<= 1'b0;
						IcmpTxEnd	<= 1'b0;
						IcmpTxData	<= {IP_ADDRESS[15:0], 16'h0000};
					end else begin
						IcmpTxWe	<= 1'b0;
						IcmpTxStart	<= 1'b0;
						IcmpTxEnd	<= 1'b0;
					end
				end
				S_ICMP_REPLY8: begin
					if(!TX_BUFF_FULL) begin
						IcmpState	<= S_ICMP_REPLY9;
						IcmpTxWe	<= 1'b1;
						IcmpTxStart	<= 1'b0;
						IcmpTxEnd	<= 1'b0;
						IcmpTxData	<= {IcmpDataSrcIP[15:0], IP_ADDRESS[31:16]};
					end else begin
						IcmpTxWe	<= 1'b0;
						IcmpTxStart	<= 1'b0;
						IcmpTxEnd	<= 1'b0;
					end
				end
				S_ICMP_REPLY9: begin
					if(!TX_BUFF_FULL) begin
						IcmpState	<= S_ICMP_REPLY10;
						IcmpTxWe	<= 1'b1;
						IcmpTxStart	<= 1'b0;
						IcmpTxEnd	<= 1'b0;
						IcmpRead	<= 1'b1;
						IcmpTxData	<= {16'h0000, IcmpDataSrcIP[31:16]};
					end else begin
						IcmpTxWe	<= 1'b0;
						IcmpTxStart	<= 1'b0;
						IcmpTxEnd	<= 1'b0;
					end
				end
				S_ICMP_REPLY10: begin
					if(!TX_BUFF_FULL) begin
						IcmpState	<= S_ICMP_REPLY11;
						IcmpTxWe	<= 1'b1;
						IcmpTxStart	<= 1'b0;
						IcmpTxEnd	<= 1'b0;
						IcmpTxData	<= {RX_BUFF_DATA[31:16], 16'h0000};
					end else begin
						IcmpTxWe	<= 1'b0;
						IcmpTxStart	<= 1'b0;
						IcmpTxEnd	<= 1'b0;
					end
				end
				S_ICMP_REPLY11: begin
					if(IcmpLength > 0 & IcmpLength[15] == 1'b0) begin
						IcmpTxWe	<= 1'b1;
						IcmpTxStart	<= 1'b0;
						IcmpTxEnd	<= 1'b0;
						IcmpTxData	<= RX_BUFF_DATA;
					end else begin
						IcmpState	<= S_ICMP_REPLY12;
						IcmpTxWe	<= 1'b1;
						IcmpTxStart	<= 1'b0;
						IcmpTxEnd	<= 1'b1;
						case(IcmpByte)
							2'b00: IcmpTxData <= RX_BUFF_DATA;
							2'b01: IcmpTxData <= {8'h00, RX_BUFF_DATA[23:0]};
							2'b10: IcmpTxData <= {16'h0000, RX_BUFF_DATA[15:0]};
							2'b11: IcmpTxData <= {24'h000000, RX_BUFF_DATA[7:0]};
						endcase
					end
					IcmpLength	<= IcmpLength -4;
				end
				S_ICMP_REPLY12: begin
//					IcmpState <= S_ICMP_END;
					IcmpState	<= S_ICMP_EMPTY_READ;
					IcmpTxWe	<= 1'b0;
					IcmpTxStart	<= 1'b0;
					IcmpTxEnd	<= 1'b0;
				end
				S_ICMP_EMPTY_READ: begin
					IcmpRead	<= 1'b1;
					if(RX_BUFF_LENGTH <= 4) begin
						IcmpState	<= S_ICMP_END;
					end
/*
					if(IcmpLength > 0 & IcmpLength[15] == 1'b0) begin
						IcmpRead <= 1'b1;
						IcmpLength <= IcmpLength - 16'd4;
					end else begin
						IcmpState <= S_ICMP_END;
						IcmpRead <= 1'b0;
					end
*/
					IcmpTxWe	<= 1'b0;
					IcmpTxStart	<= 1'b0;
					IcmpTxEnd	<= 1'b0;
					IcmpTxData	<= 32'd0;
				end
				S_ICMP_END: begin
					IcmpState	<= S_ICMP_IDLE;
					IcmpRead	<= 1'b0;
					IcmpTxWe	<= 1'b0;
					IcmpTxStart	<= 1'b0;
					IcmpTxEnd	<= 1'b0;
					IcmpTxData	<= 32'd0;
				end
			endcase
		end
	end

	reg [1:0]	last_seq;
	reg [4:0]	last_arp;
	always @(posedge CLK or negedge RST_N) begin
		if(!RST_N) begin
			last_seq <= 2'd0;
			last_arp <= 5'd0;
		end else begin
			if(RxState != S_RX_IDLE) begin
				last_seq <= RxState;
			end
			if(!((ArpState == S_ARP_IDLE) || ((ArpState == S_ARP_END)))) begin
				last_arp <= ArpState;
			end
		end
	end

	assign TX_BUFF_WE		= ETX_BUFF_WE | ArpTxWe | IcmpTxWe | ArpCacheTxWe;
	assign TX_BUFF_START	= ETX_BUFF_START | ArpTxStart | IcmpTxStart | ArpCacheTxStart;
	assign TX_BUFF_END		= ETX_BUFF_END | ArpTxEnd | IcmpTxEnd | ArpCacheTxEnd;
	assign TX_BUFF_DATA		= (ArpTxWe | IcmpTxWe | ArpCacheTxWe)?(ArpTxData | IcmpTxData | ArpCacheTxData):ETX_BUFF_DATA;
	assign ETX_BUFF_FULL	= TX_BUFF_FULL;
	assign ETX_BUFF_SPACE	= TX_BUFF_SPACE;
	assign ETX_BUFF_READY	= ((RxState == S_RX_IDLE) && (!ExtensionPickup))?TX_BUFF_READY:1'b0;

	assign RX_BUFF_RE		= ERX_BUFF_RE | ArpRead | IcmpRead;
//	assign ERX_BUFF_EMPTY	= RX_BUFF_EMPTY;
	assign ERX_BUFF_EMPTY	= ((RxState == S_RX_IDLE) && !ExtensionPickup)?RX_BUFF_EMPTY:1'b1;
	assign ERX_BUFF_VALID	= ((RxState == S_RX_IDLE) && !ExtensionPickup)?RX_BUFF_VALID:1'b0;
	assign ERX_BUFF_DATA	= RX_BUFF_DATA;
	assign ERX_BUFF_LENGTH  = RX_BUFF_LENGTH;
	assign ERX_BUFF_STATUS  = RX_BUFF_STATUS;

	assign ARPC_ENABLE		= (RxState == S_RX_IDLE);
	assign ARPC_MAC_ADDRESS	= ArpCacheMacAddress;
	assign ARPC_VALID		= ArpCacheValid;

	assign STATUS[15:11]	= 5'd0;
	assign STATUS[10:6]		= last_arp;
	assign STATUS[5:4]		= last_seq;
	assign STATUS[3]		= (IcmpState		!= S_ICMP_IDLE);
	assign STATUS[2]		= (ArpCacheState	!= S_ARPC_IDLE);
	assign STATUS[1]		= (ArpState			!= S_ARP_IDLE);
	assign STATUS[0]		= (RxState			!= S_RX_IDLE);

endmodule